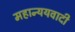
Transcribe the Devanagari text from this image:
महान्ययवादी